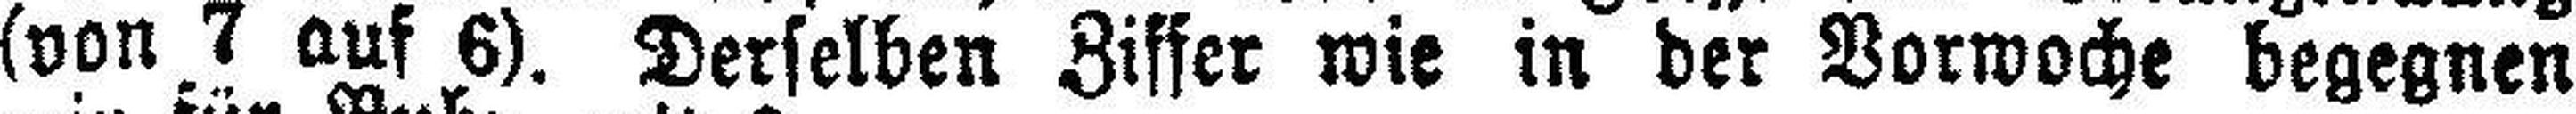
(von 7 auf 6). Derselben Ziffer wie in der Vorwoche begegnen